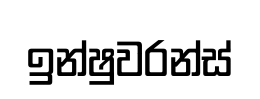
ඉන්ෂුවරන්ස්